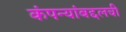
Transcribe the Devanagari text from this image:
कंपन्यांबद्दलची